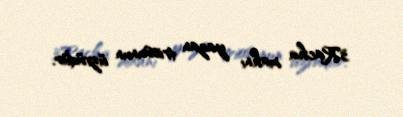
3Racha mahnı yazan triosunun üzvüdür.